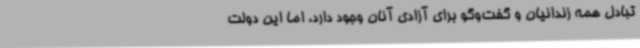
تبادل همه زندانیان و گفت‌وگو برای آزادی آنان وجود دارد، اما این دولت